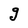
Character: g